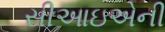
સીઆઇએની